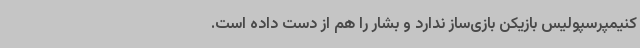
کنیمپرسپولیس بازیکن بازی‌ساز ندارد و بشار را هم از دست داده است.